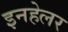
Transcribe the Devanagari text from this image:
इनहेलर